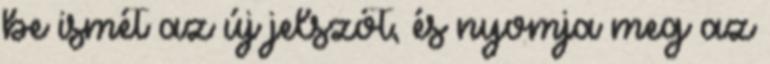
be ismét az új jelszót, és nyomja meg az